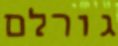
גורלם